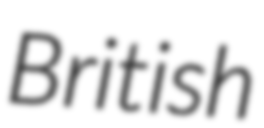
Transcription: British